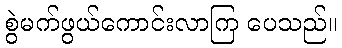
စွဲမက်ဖွယ်ကောင်းလာကြ ပေသည်။